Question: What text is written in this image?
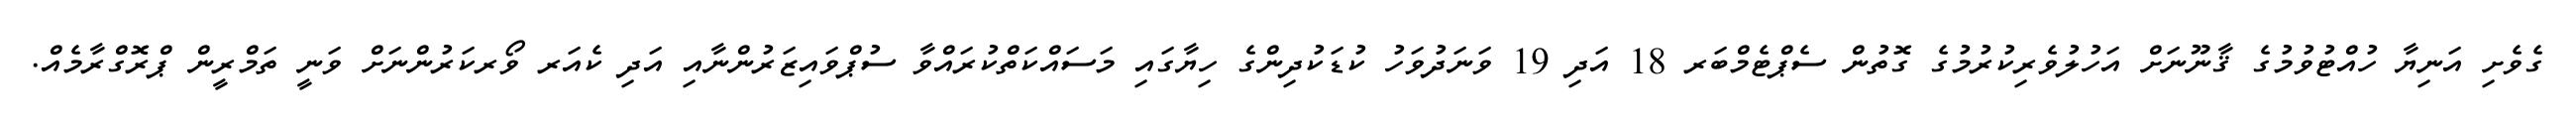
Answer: ގެވެށި އަނިޔާ ހުއްޓުވުމުގެ ޤާނޫނަށް އަހުލުވެރިކުރުމުގެ ގޮތުން ސެޕްޓެމްބަރ 18 އަދި 19 ވަނަދުވަހު ކުޑަކުދިންގެ ހިޔާގައި މަސައްކަތްކުރައްވާ ސުޕްވައިޒަރުންނާއި އަދި ކެއަރ ވޯރކަރުންނަށް ވަނީ ތަމްރީން ޕްރޮގްރާމެއް.